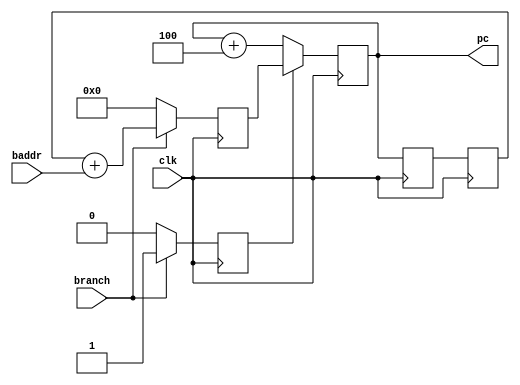
/*
 * NAME
 *
 * pc.v - program counter
 *
 * DESCRIPTION
 *
 * On each clock tick it increments the 32-bit address by 4.
 *
 * The branch is controlled in stage 3.  If the 'branch' signal is held
 * high the branch address ('baddr') will added to the value of PC + 4
 * from two cycles ago (from stage 1).
 * 
 * If a branch was directed in stage 3 this triggers a branch in stage
 * 1 during the next step.
 *
 */

`ifndef _pc
`define _pc

module pc(
		input				clk,
		output		[31:0]	pc,
		input				branch,
		input		[31:0]	baddr);  // branch address (relative)

	reg 	branch3 = 1'b0;
	reg	[31:0]	pc0 = 32'd0;
	reg	[31:0]	pc1 = 32'd0;
	reg	[31:0]	pc2 = 32'd0;
	reg	[31:0]	pc3 = 32'd0;

	assign pc = pc0;

	always @(posedge clk) begin

		if (branch3)
			pc0 <= pc3;		// stage 3 said to branch
		else
			pc0 <= pc0 + 4;	// normal increment

		// propagate pc through stage 1 and 2
		pc1 <= pc0;
		pc2 <= pc1;

		// default
		pc3		<= 32'd0;	// don't care
		branch3 <= 1'b0;  	// don't branch

		if (branch) begin
			pc3 <= pc2 + baddr;
			branch3 <= 1'b1;  // branch on the next stage
		end
	end

endmodule

`endif